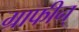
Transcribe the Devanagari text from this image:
ग्राफीन्